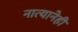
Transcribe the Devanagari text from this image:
नात्यानेही